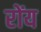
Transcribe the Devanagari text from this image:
रोंय